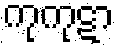
ကုကုဋာ